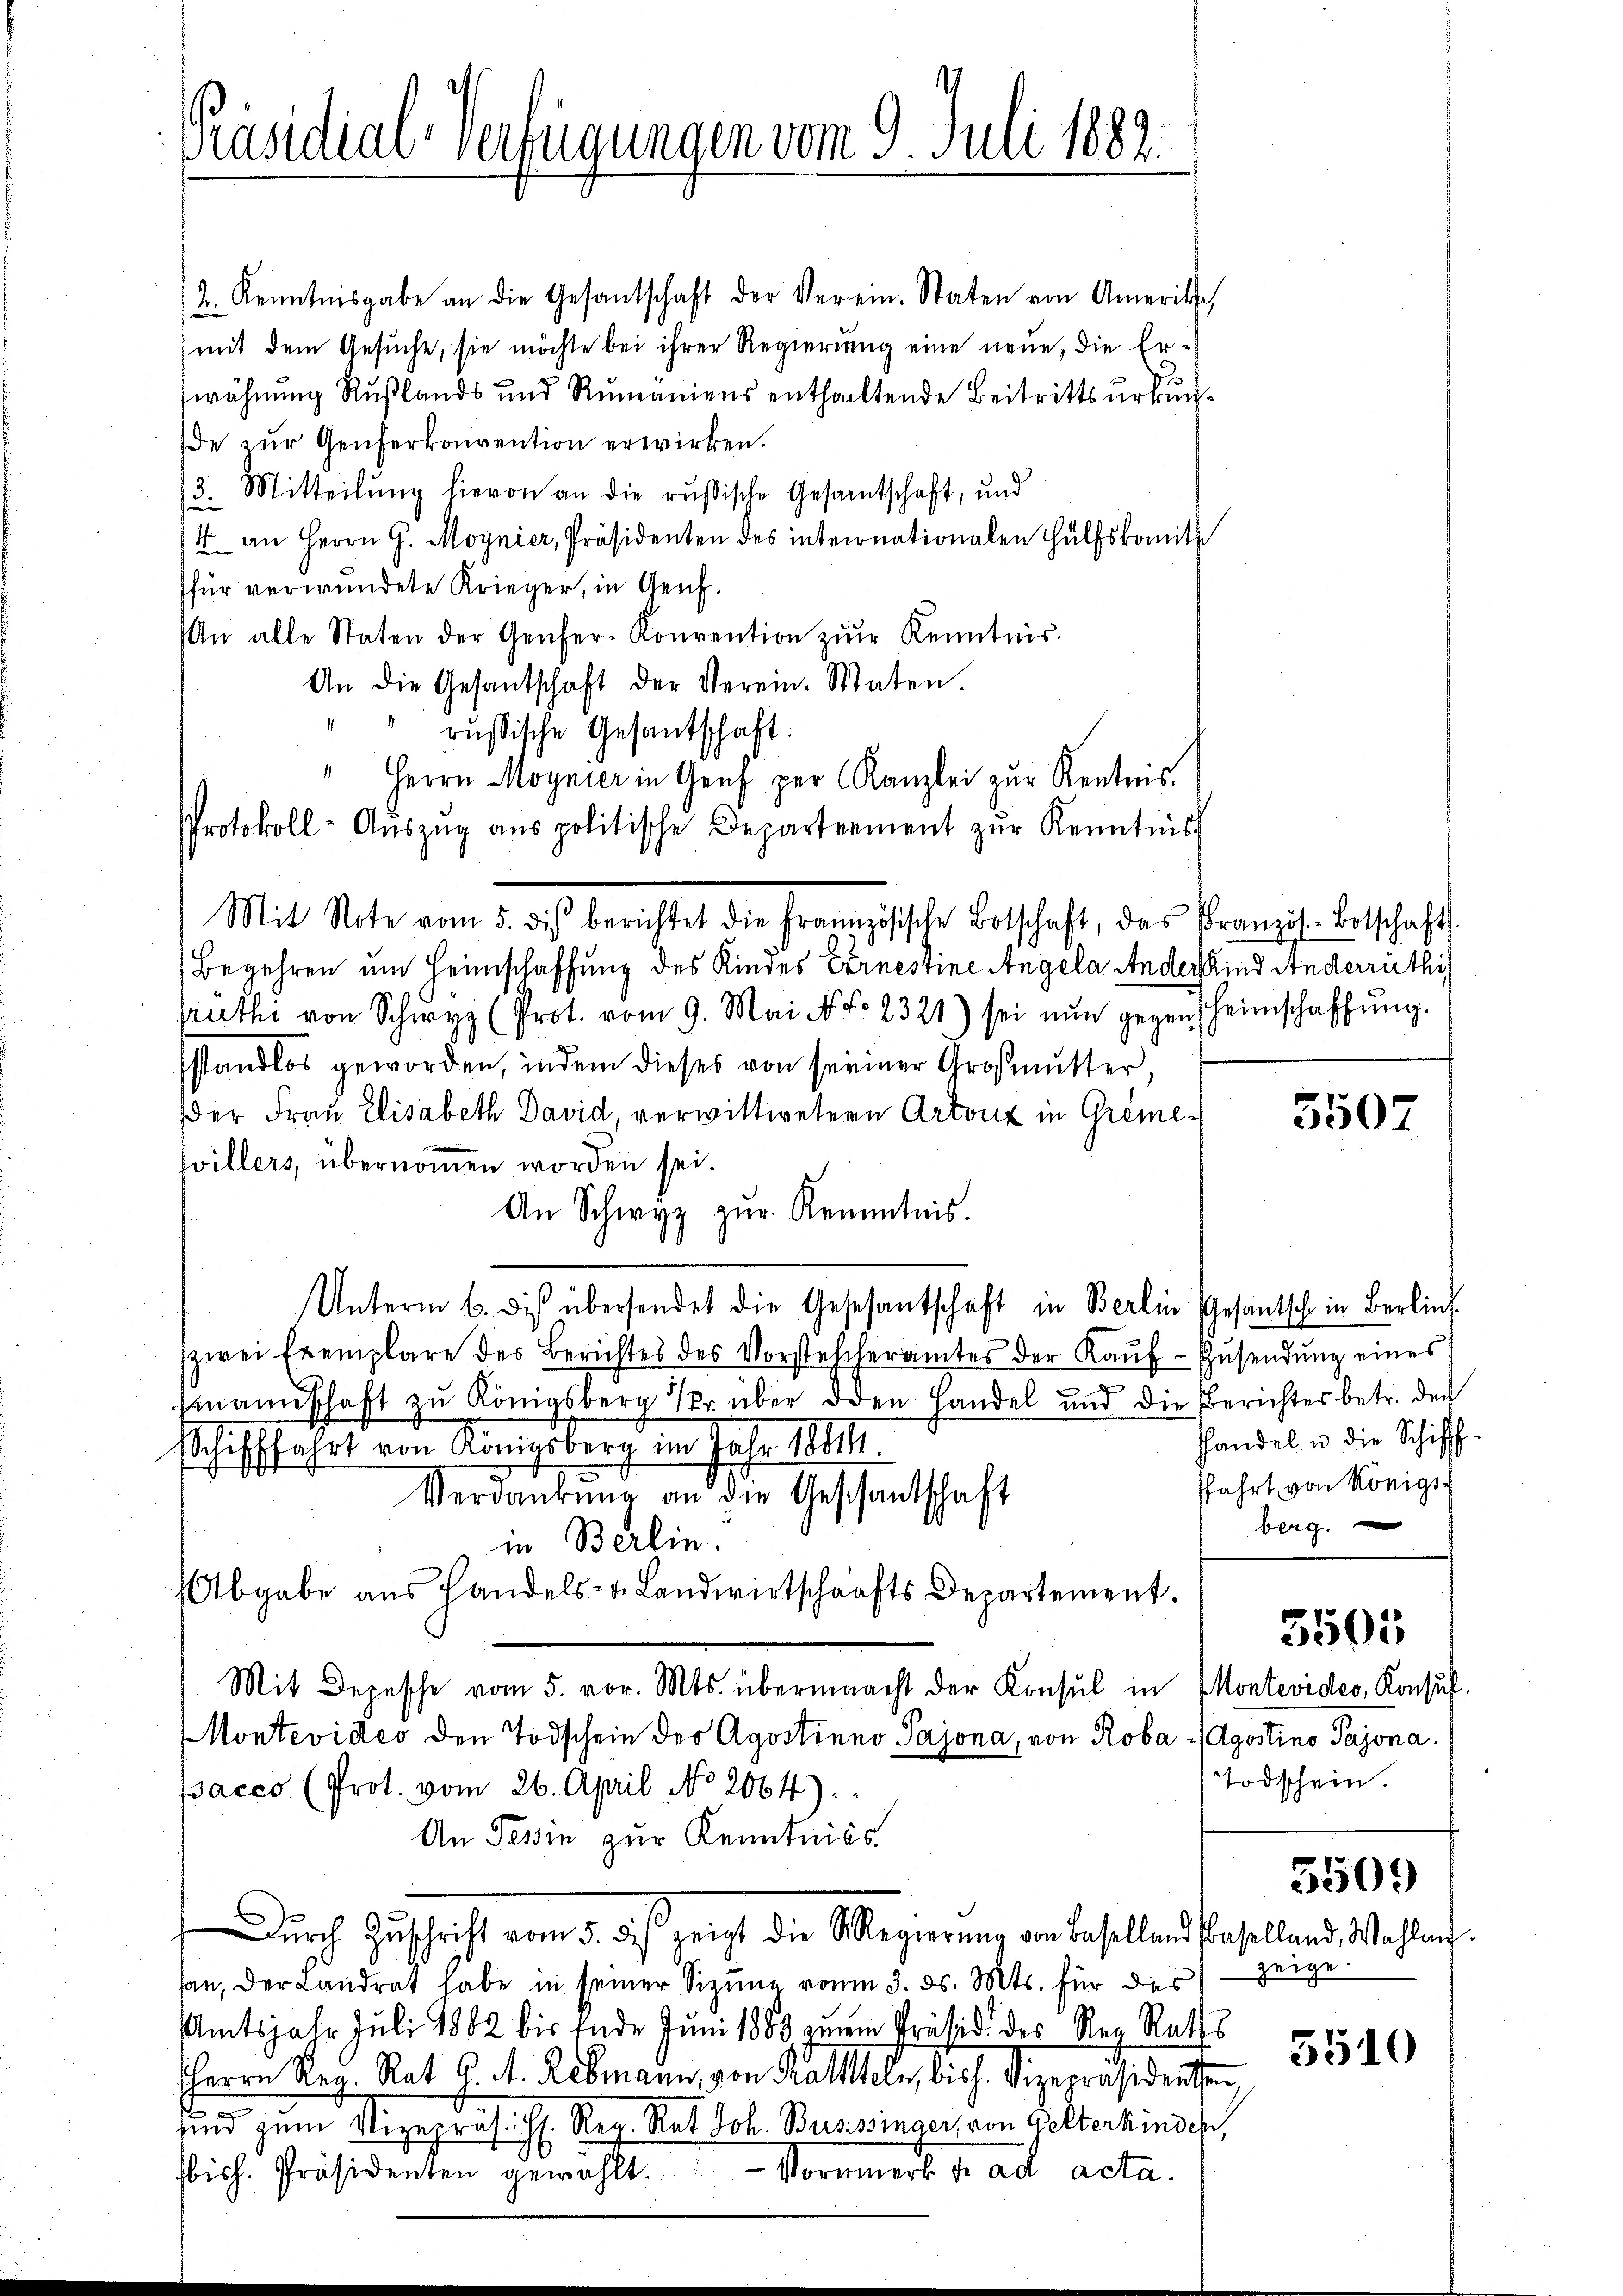
Präsidial-Verfügungen vom 9. Juli 1882.

2. Kenntnisgabe an die Gesantschaft der Verein. Staten von Ameritze
(mit dem Gesuche, sie möchte bei ihrer Regierung eine neue, die Erwähnung Rußlands und Rŭmaniens enthaltende Beitrittsŭrkŭn-
de zŭr Genferkonvention erwirken.
3. Mitteilung hievon an die russische Gesamtschaft, und
/4 an Herrn G. Moynier, Präsidenten des internationalen Hülfskomit
für verwundete Krieger, in Genf.
An alle Staten der Genfer-Konvention zŭr Kenntnis.
An die Gesandschaft der Verein. Maten.
4
russische Gesantschaft.
" Herrn Moynier in Genf per Kanzlei zur Rentens.
Protokoll-Aŭszŭg aŭs politische Departement zŭr Kenntnis
Begehren um Heimschaffung des Kindes Ernestine Angela Ander Kind Anderrüthig
frutti von Schŭry (Prot. vom 9. Mai N. N. 2321) sei nŭn gegen (Heimschaffŭng.
sstandlos geworden, indem dieses von seiner Großmutter,
der Frau Elisabeth David, verwittwetern Artenz in Gremevillers, übernommen worden sei.
An Schwyz zŭr Kenntnis.
Unterm 6. des übersendet die Geschantschaft in Berlin Gesantsch in Berlin
zwei Exemplare des Berichtes des Vorstescheramtes der Kaŭf-Zŭsendŭng eines
fmannschaft zu Königsberg 1r über den Handel und die Berichtes betr. der
schifffahrt von Königsberg im Jahr 18811.
Verdankŭng an die Geschantschaft
in Berlin.
Abgabe aus Handels- u. Landwirtschafts Departement.
Mit Depesche vom 5. vor. Mts. übermacht der Konsul in Montevides, Konsul
Montevideo den Todschein der Agostinno Pajona, von Roba - (Agostino Pajona.
pacco (Prot. vom 26. April No 2064).
An Tessin zur Kenntniss
Durch Zuschrift vom 5. des zeigt die Regierung von Baselland Baselland, Wahlen.
san, der Landrat habe in seiner Sizung vom 3. ds. Mts. für das
Amtsjahr Juli 1882 bis Ende Juni 1888 einem Präsidi der Reg. Raths
HHerrn Reg. Rat. G. A. Rebmann, von Kalten, bish. Vizepräsidenten
und zum Vizepräs. f. Reg. Rat Joh. Bussinger, von Gelterhindeh
bisch. Präsidenten gewählt. Vormiert der ad acta.

Mit Note vom 5. dis berichtet die Französische Botschaft, das französ. Botschaft

3507

Handel u die Schiffffahrt von Königs
berg.

3505

Todschein.

3509

5510

zeige.